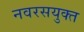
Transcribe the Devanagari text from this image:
नवरसयुक्त